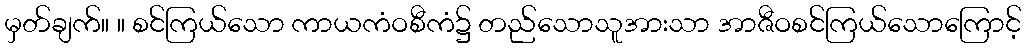
မှတ်ချက်။ ။ စင်ကြယ်သော ကာယကံဝစီကံ၌ တည်သောသူအားသာ အာဇီဝစင်ကြယ်သောကြောင့်